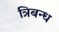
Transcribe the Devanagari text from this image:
त्रिबन्ध